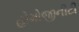
હોમોજીનીટી